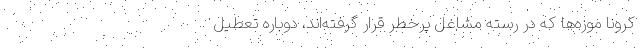
کرونا موزه‌ها که در رسته مشاغل پرخطر قرار گرفته‌اند، دوباره تعطیل